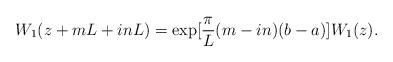
\begin{align*}W_{1}(z+mL+inL)=\exp [\frac{\pi}{L}(m-in)(b-a)]W_{1}(z).\end{align*}